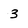
Character: 3